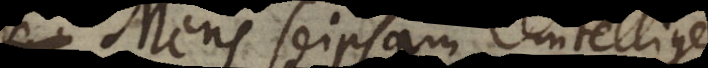
Mens seipsam intelligere.